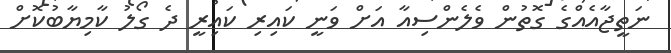
ނަތީޖާއެއްގެ ގޮތުން ވެލެންސިއާ އަށް ވަނީ ކައިރި ކައިރީ ދެ ގޯލު ކާމިޔާބުކޮށް